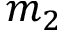
m _ { 2 }